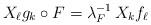
LaTeX: \begin{align*}X_\ell g_k \circ F = \lambda_F^{-1} \, X_k f_\ell\end{align*}